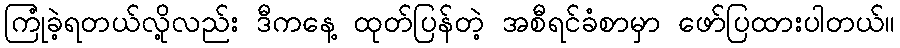
ကြုံခဲ့ရတယ်လို့လည်း ဒီကနေ့ ထုတ်ပြန်တဲ့ အစီရင်ခံစာမှာ ဖော်ပြထားပါတယ်။